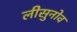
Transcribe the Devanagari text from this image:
लीसुनोव